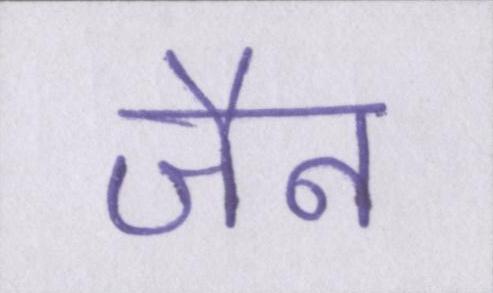
जैन